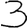
Digit: 3